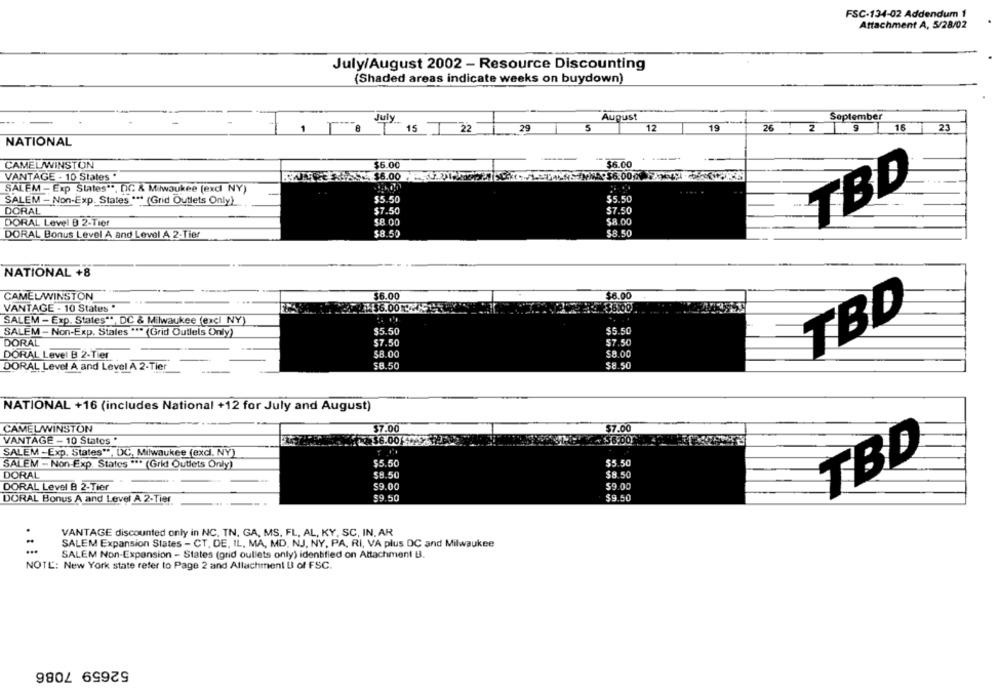
FSC-134-02 Addendum 1
Attachment A, 5/28/02
July/August 2002 - Resource Discounting
(Shaded areas indicate weeks on buydown)
August
September
July
8
15 ] 22
29
5
12
19
26
2
9
15
23
NATIONAL
CAMEL/WINSTON
$6.00
36.00
VANTAGE - 10 States .
59 $6.00
$6.000
SALEM - Exp States **, OG & Miwaukee (exd NY)
TBD
SALEM - Non-Exp. States *** (Grid Outlets Only)
55.50
$5.50
DORAL
$7.50
$7.50
DORAL Level B 2-Tier
58.00
$8.00
DORAL Bonus Level A and Level A 2-Tier
$8.50
$8.50
NATIONAL +8
CAMEL WINSTON
$6.00
$6.00
VANTAGE - 10 States *
1 36.00 MH
SALEM - Exp. States **, DC & Milwaukee (excl NY)
TBD
SALEM - Non-Exp. States *** (Grid Outlels Only)
$5.50
$5.50
DORAL
$7.50
$7.50
DORAL Level B 2-Tier
$8.00
$8.00
DORAL Level A and Level A 2-Tier
$8.50
$8.50
NATIONAL +16 (includes National +12 for July and August)
CAMELWINSTON
$7.00
$7.00
VANTAGE - 10 States *
$6.00
SALEM -Exp. States", DC, Milwaukee (excl. NY)
SALEM -. Non-Exp. States *** (Grid Outlets Only)
$5.50
$5.50
TBD
DORAL
$8.50
$8.50
DORAL Level B 2-Tier
$9.00
$9.00
DORAL Bonus A and Level A 2-Tier
$9.50
$9.50
VANTAGE discounted only in NC, TN. GA, MS. FL, AL, KY, SC, IN. AR
SALEM Expansion States - CT, DE, IL, MA, MD, NJ, NY, PA, RI, VA plus DC and Milwaukee
SALEM Non-Expansion - States (grid oullets only) identified on Attachment B.
NOTE: New York state refer to Page 2 and Allachment U of FSC.
52659 7086